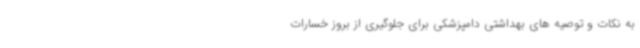
به نکات و توصیه های بهداشتی دامپزشکی برای جلوگیری از بروز خسارات